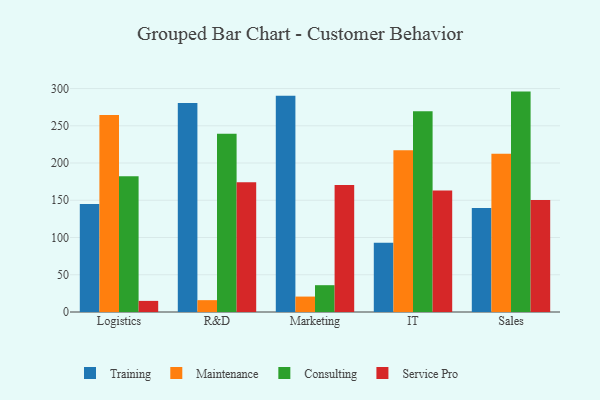
{"axis": {"x": "Department", "y": "Inventory Turnover"}, "legend": ["Consulting", "Maintenance", "Service Pro", "Training"], "data": [{"x": "Logistics", "y": 145.1, "type": "Training"}, {"x": "Logistics", "y": 264.4, "type": "Maintenance"}, {"x": "Logistics", "y": 182.3, "type": "Consulting"}, {"x": "Logistics", "y": 14.9, "type": "Service Pro"}, {"x": "R&D", "y": 280.6, "type": "Training"}, {"x": "R&D", "y": 15.9, "type": "Maintenance"}, {"x": "R&D", "y": 239.3, "type": "Consulting"}, {"x": "R&D", "y": 174.3, "type": "Service Pro"}, {"x": "Marketing", "y": 290.4, "type": "Training"}, {"x": "Marketing", "y": 20.7, "type": "Maintenance"}, {"x": "Marketing", "y": 36.0, "type": "Consulting"}, {"x": "Marketing", "y": 170.5, "type": "Service Pro"}, {"x": "IT", "y": 92.9, "type": "Training"}, {"x": "IT", "y": 217.1, "type": "Maintenance"}, {"x": "IT", "y": 269.5, "type": "Consulting"}, {"x": "IT", "y": 163.0, "type": "Service Pro"}, {"x": "Sales", "y": 139.5, "type": "Training"}, {"x": "Sales", "y": 212.4, "type": "Maintenance"}, {"x": "Sales", "y": 295.9, "type": "Consulting"}, {"x": "Sales", "y": 150.5, "type": "Service Pro"}]}